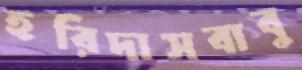
হরিদাসবাবু